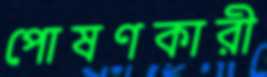
পোষণকারী